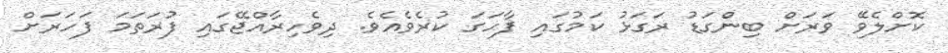
ކޮށްލެވޭ ވަރަށް ބިންގަޑު ރަގަޅު ކަމުގައި ފާހަގަ ކުރެވެއެވެ. ދިވެހިރާއްޖޭގައި ފުރަތަމަ ފަހަރަށް